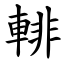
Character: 輫